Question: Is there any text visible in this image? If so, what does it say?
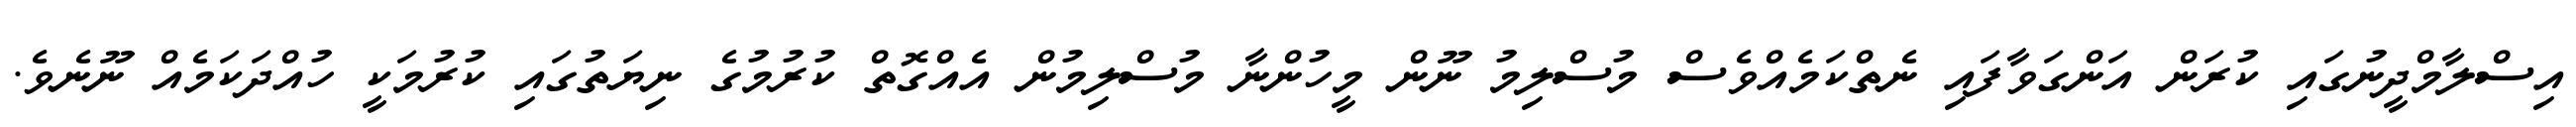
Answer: އިސްލާމްދީނުގައި ކުރަން އަންގަވާފައި ނެތްކަމެއްވެސް މުސްލިމު ނޫން މީހުންނާ މުސްލިމުން އެއްގޮތް ކުރުމުގެ ނިޔަތުގައި ކުރުމަކީ ހުއްދަކަމެއް ނޫނެވެ.